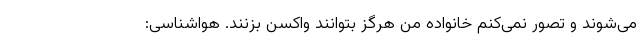
می‌شوند و تصور نمی‌کنم خانواده من هرگز بتوانند واکسن بزنند. هواشناسی: